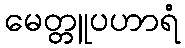
မေတ္တူပဟာရံ